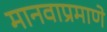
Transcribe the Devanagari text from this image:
मानवाप्रमाणे